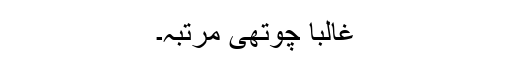
غالباً چوتھی مرتبہ۔